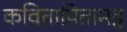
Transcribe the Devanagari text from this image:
कवितापितामह